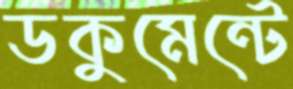
ডকুমেন্টে